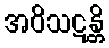
အဝိသဋန္တိ